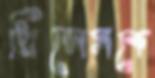
প্রিন্সেসকে